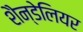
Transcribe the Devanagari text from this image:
शैन्डेलियर